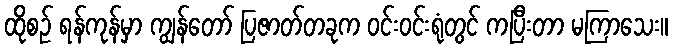
ထိုစဉ် ရန်ကုန်မှာ ကျွန်တော် ပြဇာတ်တခုက ဝင်းဝင်းရုံတွင် ကပြီးတာ မကြာသေး။